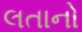
લતાનો